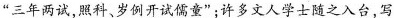
”三年两试，照科、岁例开试儒童”；许多文人学士随之入台，写